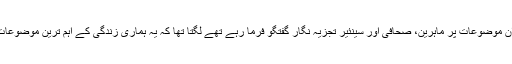
جب ان موضوعات پر ماہرین، صحافی اور سینئیر تجزیہ نگار گفتگو فرما رہے تھے لگتا تھا کہ یہ ہماری زندگی کے اہم ترین موضوعات ہیں۔